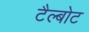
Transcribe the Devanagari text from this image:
टैल्बोट